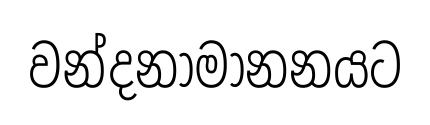
වන්දනාමානනයට